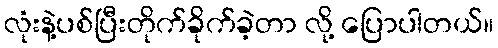
လုံးနဲ့ပစ်ပြီးတိုက်ခိုက်ခဲ့တာ လို့ ပြောပါတယ်။